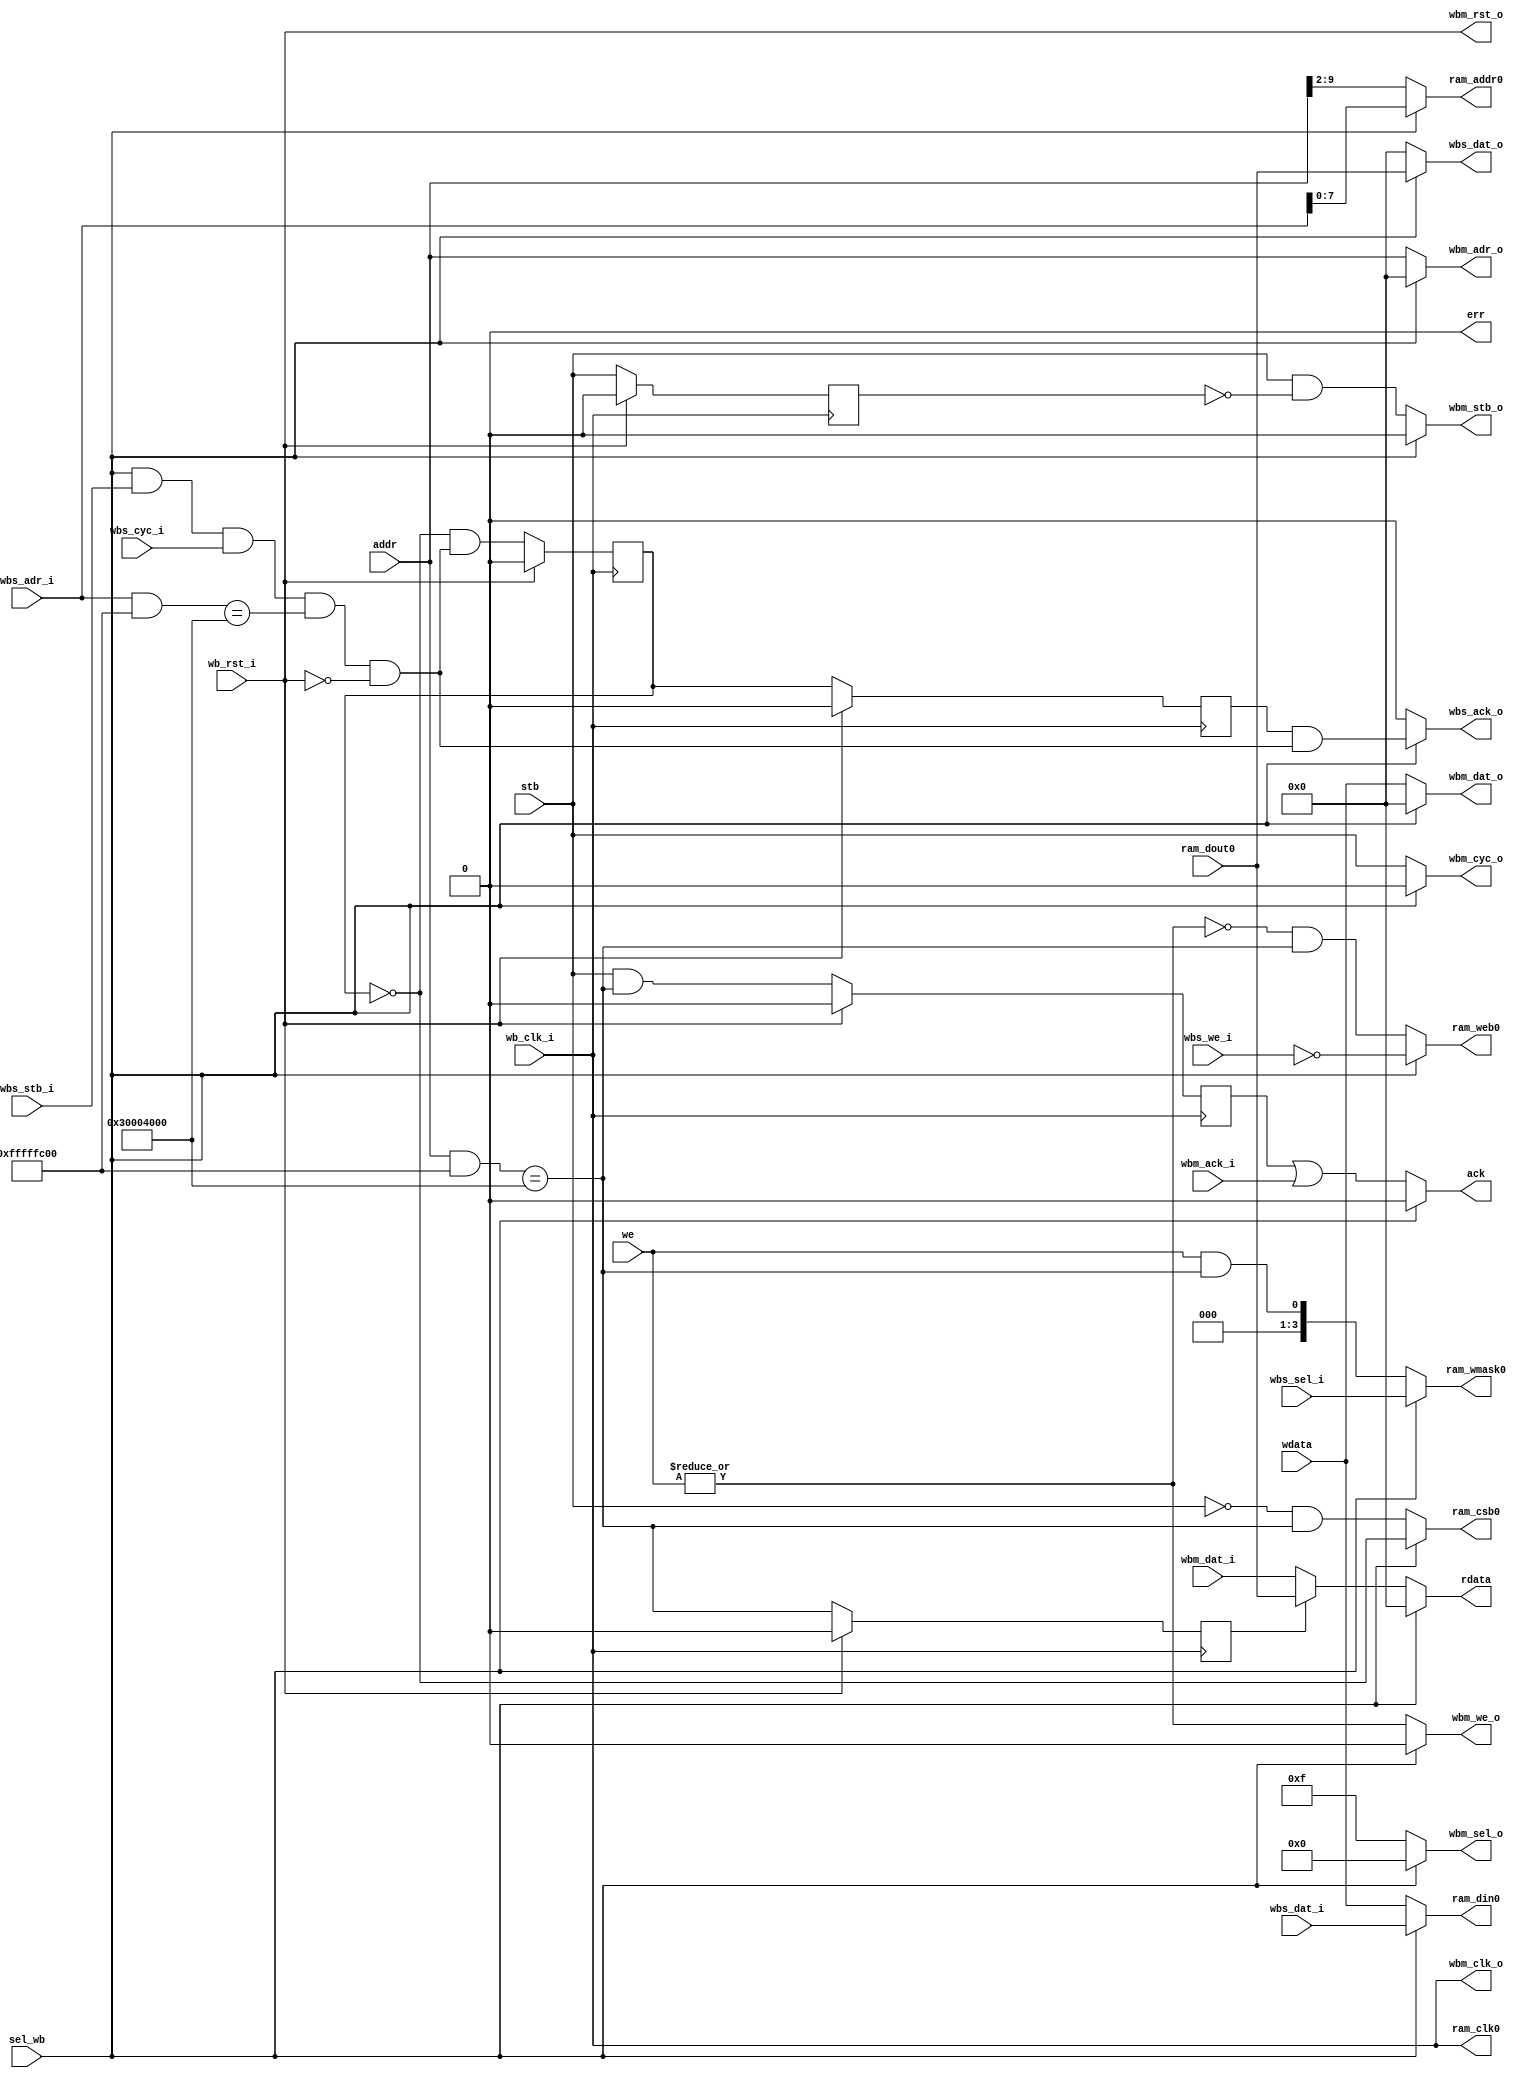
module data_ram_mux #(
    parameter RAM_ADDR_WIDTH_WORDS = 8,
    parameter BASE_ADDR_RAM = 32'h3000_4000
)
(
`ifdef USE_POWER_PINS
    inout vccd1,	// User area 1 1.8V supply
    inout vssd1,	// User area 1 digital ground
`endif
    input  wire                            sel_wb,

	// Interface to rvj1 core
    output reg  [31:0]                     rdata,
    output reg                             ack,
    output reg                             err,
    input  wire [3:0]                      we,
    input  wire                            stb,
    input  wire [31:0]                     addr,
    input  wire [31:0]                     wdata,

	// Input slave wishbone interface
    input  wire                            wb_clk_i,
    input  wire                            wb_rst_i,
    input  wire                            wbs_stb_i,
    input  wire                            wbs_cyc_i,
    input  wire                            wbs_we_i,
    input  wire [3:0]                      wbs_sel_i,
    input  wire [31:0]                     wbs_dat_i,
    input  wire [31:0]                     wbs_adr_i,
    output reg                             wbs_ack_o,
    output reg  [31:0]                     wbs_dat_o,

	// Output to data ram
    output wire                            ram_clk0,
    output reg                             ram_csb0,   // active low chip select
    output reg                             ram_web0,   // active low write enable
    output reg  [3:0]                      ram_wmask0, // write (byte) mask
    output reg  [RAM_ADDR_WIDTH_WORDS-1:0] ram_addr0,
    output reg  [31:0]                     ram_din0,
    input  wire [31:0]                     ram_dout0,

	// Output to wishbone master
	output wire							   wbm_clk_o,
	output wire							   wbm_rst_o,
	output reg							   wbm_stb_o,
	output reg							   wbm_cyc_o,
	output reg							   wbm_we_o,
	output reg	[3:0]					   wbm_sel_o,
	output reg [31:0]					   wbm_dat_o,
	output reg [31:0]					   wbm_adr_o,
	input wire							   wbm_ack_i,
	input wire [31:0]					   wbm_dat_i
);
	/****************************
	* DEFINITIONS AND CLOCKING
	****************************/
	localparam RAM_ADDR_WIDTH_BYTES = RAM_ADDR_WIDTH_WORDS + 2;
    localparam ADDR_LO_MASK = (1 << RAM_ADDR_WIDTH_BYTES) - 1;
    localparam ADDR_HI_MASK = 32'hffff_ffff - ADDR_LO_MASK; 
    
	wire ram_cs;
    reg ram_cs_r, ram_wbs_ack_r, core_ack;
	reg was_ram;	
	
	reg stb_delay;
	wire stb_rising;

    assign ram_clk0 = wb_clk_i;
	assign wbm_clk_o = wb_clk_i;
	assign wbm_rst_o = wb_rst_i;


	/****************************
	* WISHBONE SLAVE - RAM ACKING
	****************************/
    assign ram_cs = sel_wb && wbs_stb_i && wbs_cyc_i && ((wbs_adr_i & ADDR_HI_MASK) == BASE_ADDR_RAM) && !wb_rst_i;
    always @(negedge wb_clk_i) begin
        if (wb_rst_i) begin
            ram_cs_r <= 0;
            ram_wbs_ack_r <= 0;
        end
        else begin
            ram_cs_r <= !ram_cs_r && ram_cs;
            ram_wbs_ack_r <= ram_cs_r;
        end
    end
    
    always @(posedge wb_clk_i) begin
        if (wb_rst_i) core_ack <= 0;
        else          core_ack <= stb && is_ram;
    end

	/****************************
	* IS CORE WRITE TO RAM LOGIC
	****************************/
	assign is_ram = (addr & ADDR_HI_MASK) == BASE_ADDR_RAM;
	always@(posedge wb_clk_i) begin
		if (wb_rst_i) was_ram <= 0;
		else		  was_ram <= is_ram;
	end


	always@(posedge wb_clk_i) begin
		if (wb_rst_i) stb_delay <= 1'b0;
		else 		  stb_delay <= stb;
	end

	assign stb_rising = stb & ~stb_delay;

	/****************************
	* COMBINATIONAL LOGIC
	****************************/
    always@(*) begin
		ram_csb0 = 1'b1; // it is active low
		ram_web0 = 1'b1; // also active low
		ram_wmask0 = 0;
		ram_addr0 = 0;
		ram_din0 = 0;
		wbm_stb_o = 0;
		wbm_cyc_o = 0;
		wbm_we_o = 0;
		wbm_sel_o = 0;
		wbm_dat_o = 0;
		wbm_adr_o = 0;
		rdata = 0;
		ack = 0;
		err = 0;
		wbs_ack_o = 0;
		wbs_dat_o = 0;
        if (sel_wb) begin
        	ram_csb0   = !ram_cs_r;
            ram_web0   = ~wbs_we_i;
            ram_wmask0 = wbs_sel_i;
            ram_addr0  = wbs_adr_i[RAM_ADDR_WIDTH_WORDS-1:0];
            ram_din0   = wbs_dat_i;
            wbs_dat_o  = ram_dout0;
            wbs_ack_o  = ram_wbs_ack_r && ram_cs;
        end
        else begin
        	ram_csb0   = (~stb) && is_ram;  // active low
        	ram_web0   = (~(|we)) && is_ram;  // active low
        	ram_wmask0 = we && is_ram;  
        	ram_addr0  = addr[RAM_ADDR_WIDTH_WORDS+2-1:2];
        	ram_din0   = wdata;

			wbm_stb_o  = stb_rising;
			wbm_cyc_o  = stb;
			wbm_we_o   = |we;
			wbm_sel_o  = 4'b1111; // Currently LSU only supports reading words
			wbm_dat_o  = wdata;
			wbm_adr_o  = addr;
        	
        	ack        = core_ack | wbm_ack_i; // core_ack is generated only when writing to ram
			err		   = 0;  // TODO
			if (was_ram) rdata = ram_dout0; // This assumes 1 cycle delay from all slave devices
			else		 rdata = wbm_dat_i;  
        end
    end

endmodule